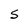
Character: S